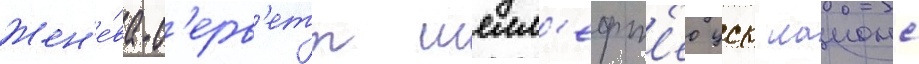
Жен'е́ва-с'ерв'етт шелл'ефт'ео цск лаионс